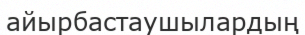
айырбастаушылардың